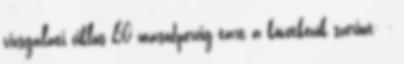
vizsgálati ciklus 60 másodpercig tart a következõk szerint: -